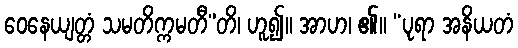
ဝေနေယျတ္တံ သမတိက္ကမတီ”တိ၊ ဟူ၍။ အာဟ၊ ၏။ “ပုရာ အနိယတံ